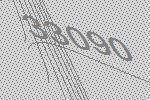
33090